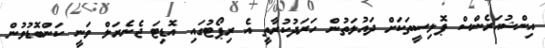
އިންޝުއަރެންސް ޕޮލިސީތަކަށް ދައުލަތުން ހަރަދުކުރާތީ އެ ރިޕޯޓުގައި އޮޑިޓަ ޖެނެރަލް ވަނީ ކަންބޮޑުވުން